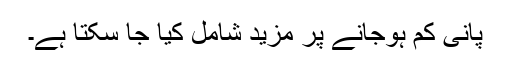
پانی کم ہوجانے پر مزید شامل کیا جا سکتا ہے۔